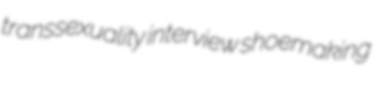
transsexuality interview shoemaking